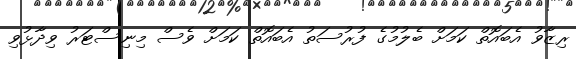
ރިޒާވު އެބައޮތް ކަމަށް ބެލުމުގެ ފުރުސަތު އެބައޮތް ކަމަށް ވެސް މިނިސްޓަރު ވިދާޅުވި